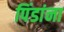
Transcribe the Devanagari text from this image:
पिंडांना